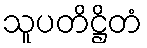
သူပတိဋ္ဌိတံ